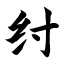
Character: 纣